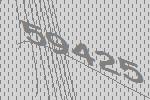
59425